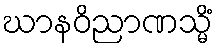
ဃာနဝိညာဏသ္မိံ